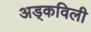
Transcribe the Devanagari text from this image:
अड्कविली